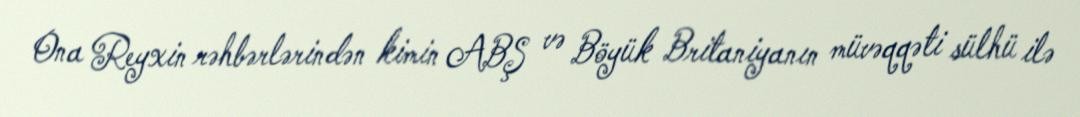
Ona Reyxin rəhbərlərindən kimin ABŞ və Böyük Britaniyanın müvəqqəti sülhü ilə